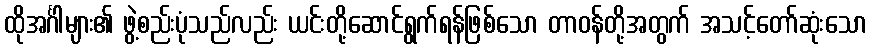
ထိုအင်္ဂါများ၏ ဖွဲ့စည်းပုံသည်လည်း ယင်းတို့ဆောင်ရွက်ရန်ဖြစ်သော တာဝန်တို့အတွက် အသင့်တော်ဆုံးသော